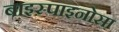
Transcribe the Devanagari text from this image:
बाइस्पाइनोसा